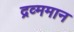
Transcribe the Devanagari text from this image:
द्रव्ममान